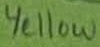
Text: Yellow